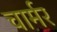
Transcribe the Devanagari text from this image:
चार्मर